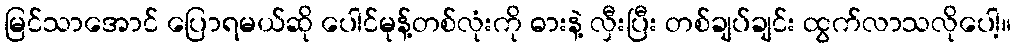
မြင်သာအောင် ပြောရမယ်ဆို ပေါင်မုန့်တစ်လုံးကို ဓားနဲ့ လှီးပြီး တစ်ချပ်ချင်း ထွက်လာသလိုပေါ့။